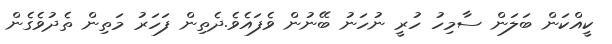
ކީއްކަން ބަލަން ސާމިހު ހުރީ ނުހަނު ބޭނުން ވެފައެވެ.ދެތިން ފަހަރު މަތިން ތެދުވެގެން